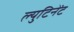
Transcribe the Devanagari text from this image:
ल्युटिनेंट